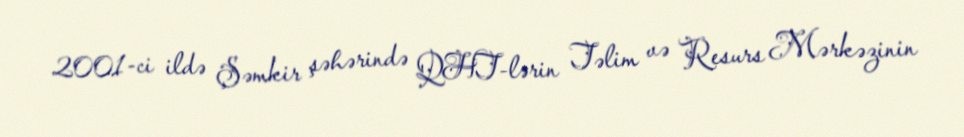
2001-ci ildə Şəmkir şəhərində QHT-lərin Təlim və Resurs Mərkəzinin